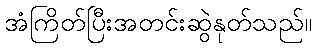
အံကြိတ်ပြီးအတင်းဆွဲနုတ်သည်။